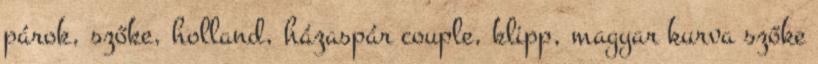
párok, szőke, holland, házaspár couple, klipp, magyar kurva szőke